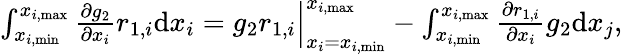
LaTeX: \begin{array}{r}{\int_{x_{i,\mathrm{min}}}^{x_{i,\mathrm{max}}}{\frac{\partial g_{2}}{\partial x_{i}}r_{1,i}}\mathrm{d}x_{i}=g_{2}r_{1,i}\Big|_{x_{i}=x_{i,\mathrm{min}}}^{x_{i,\mathrm{max}}}-\int_{x_{i,\mathrm{min}}}^{x_{i,\mathrm{max}}}{\frac{\partial r_{1,i}}{\partial x_{i}}g_{2}}\mathrm{d}x_{j},}\end{array}